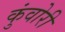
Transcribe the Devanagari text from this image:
कुंवोरी